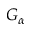
G _ { \alpha }